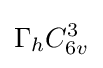
\Gamma _{h}C_{6v}^{3}